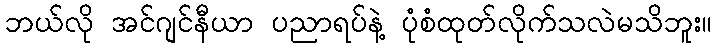
ဘယ်လို အင်ဂျင်နီယာ ပညာရပ်နဲ့ ပုံစံထုတ်လိုက်သလဲမသိဘူး။